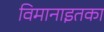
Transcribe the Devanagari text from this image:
विमानाइतका